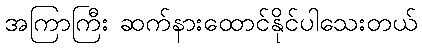
အကြာကြီး ဆက်နားထောင်နိုင်ပါသေးတယ်